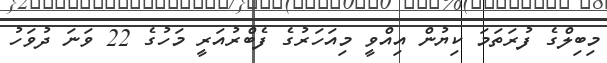
މިބިލްގެ ފުރަތަމަ ކިޔުން އިއްވީ މިއަހަރުގެ ފެބްރުއަރީ މަހުގެ 22 ވަނަ ދުވަހު